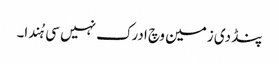
پنڈ دی زمین وچ ادرک نہیں سی ہُندا۔